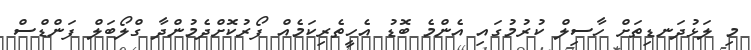
މި ލަޅުދަނޑިތަށް ހާސިލް ކުރުމުގައި އެންމެ ބޮޑު އެހީތެރިކަމެއް ފޯރުކޮށްދެމުންދާ ގްލޯބަލް ފަންޑްސް